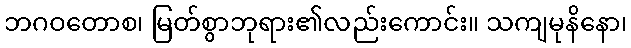
ဘဂဝတောစ၊ မြတ်စွာဘုရား၏လည်းကောင်း။ သကျမုနိနော၊